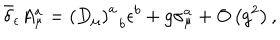
LaTeX: \bar { \delta } _ { \epsilon } A _ { \mu } ^ { a } = \left( D _ { \mu } \right) _ { \; \; b } ^ { a } \epsilon ^ { b } + g \sigma _ { \mu } ^ { a } + O \left( g ^ { 2 } \right) ,